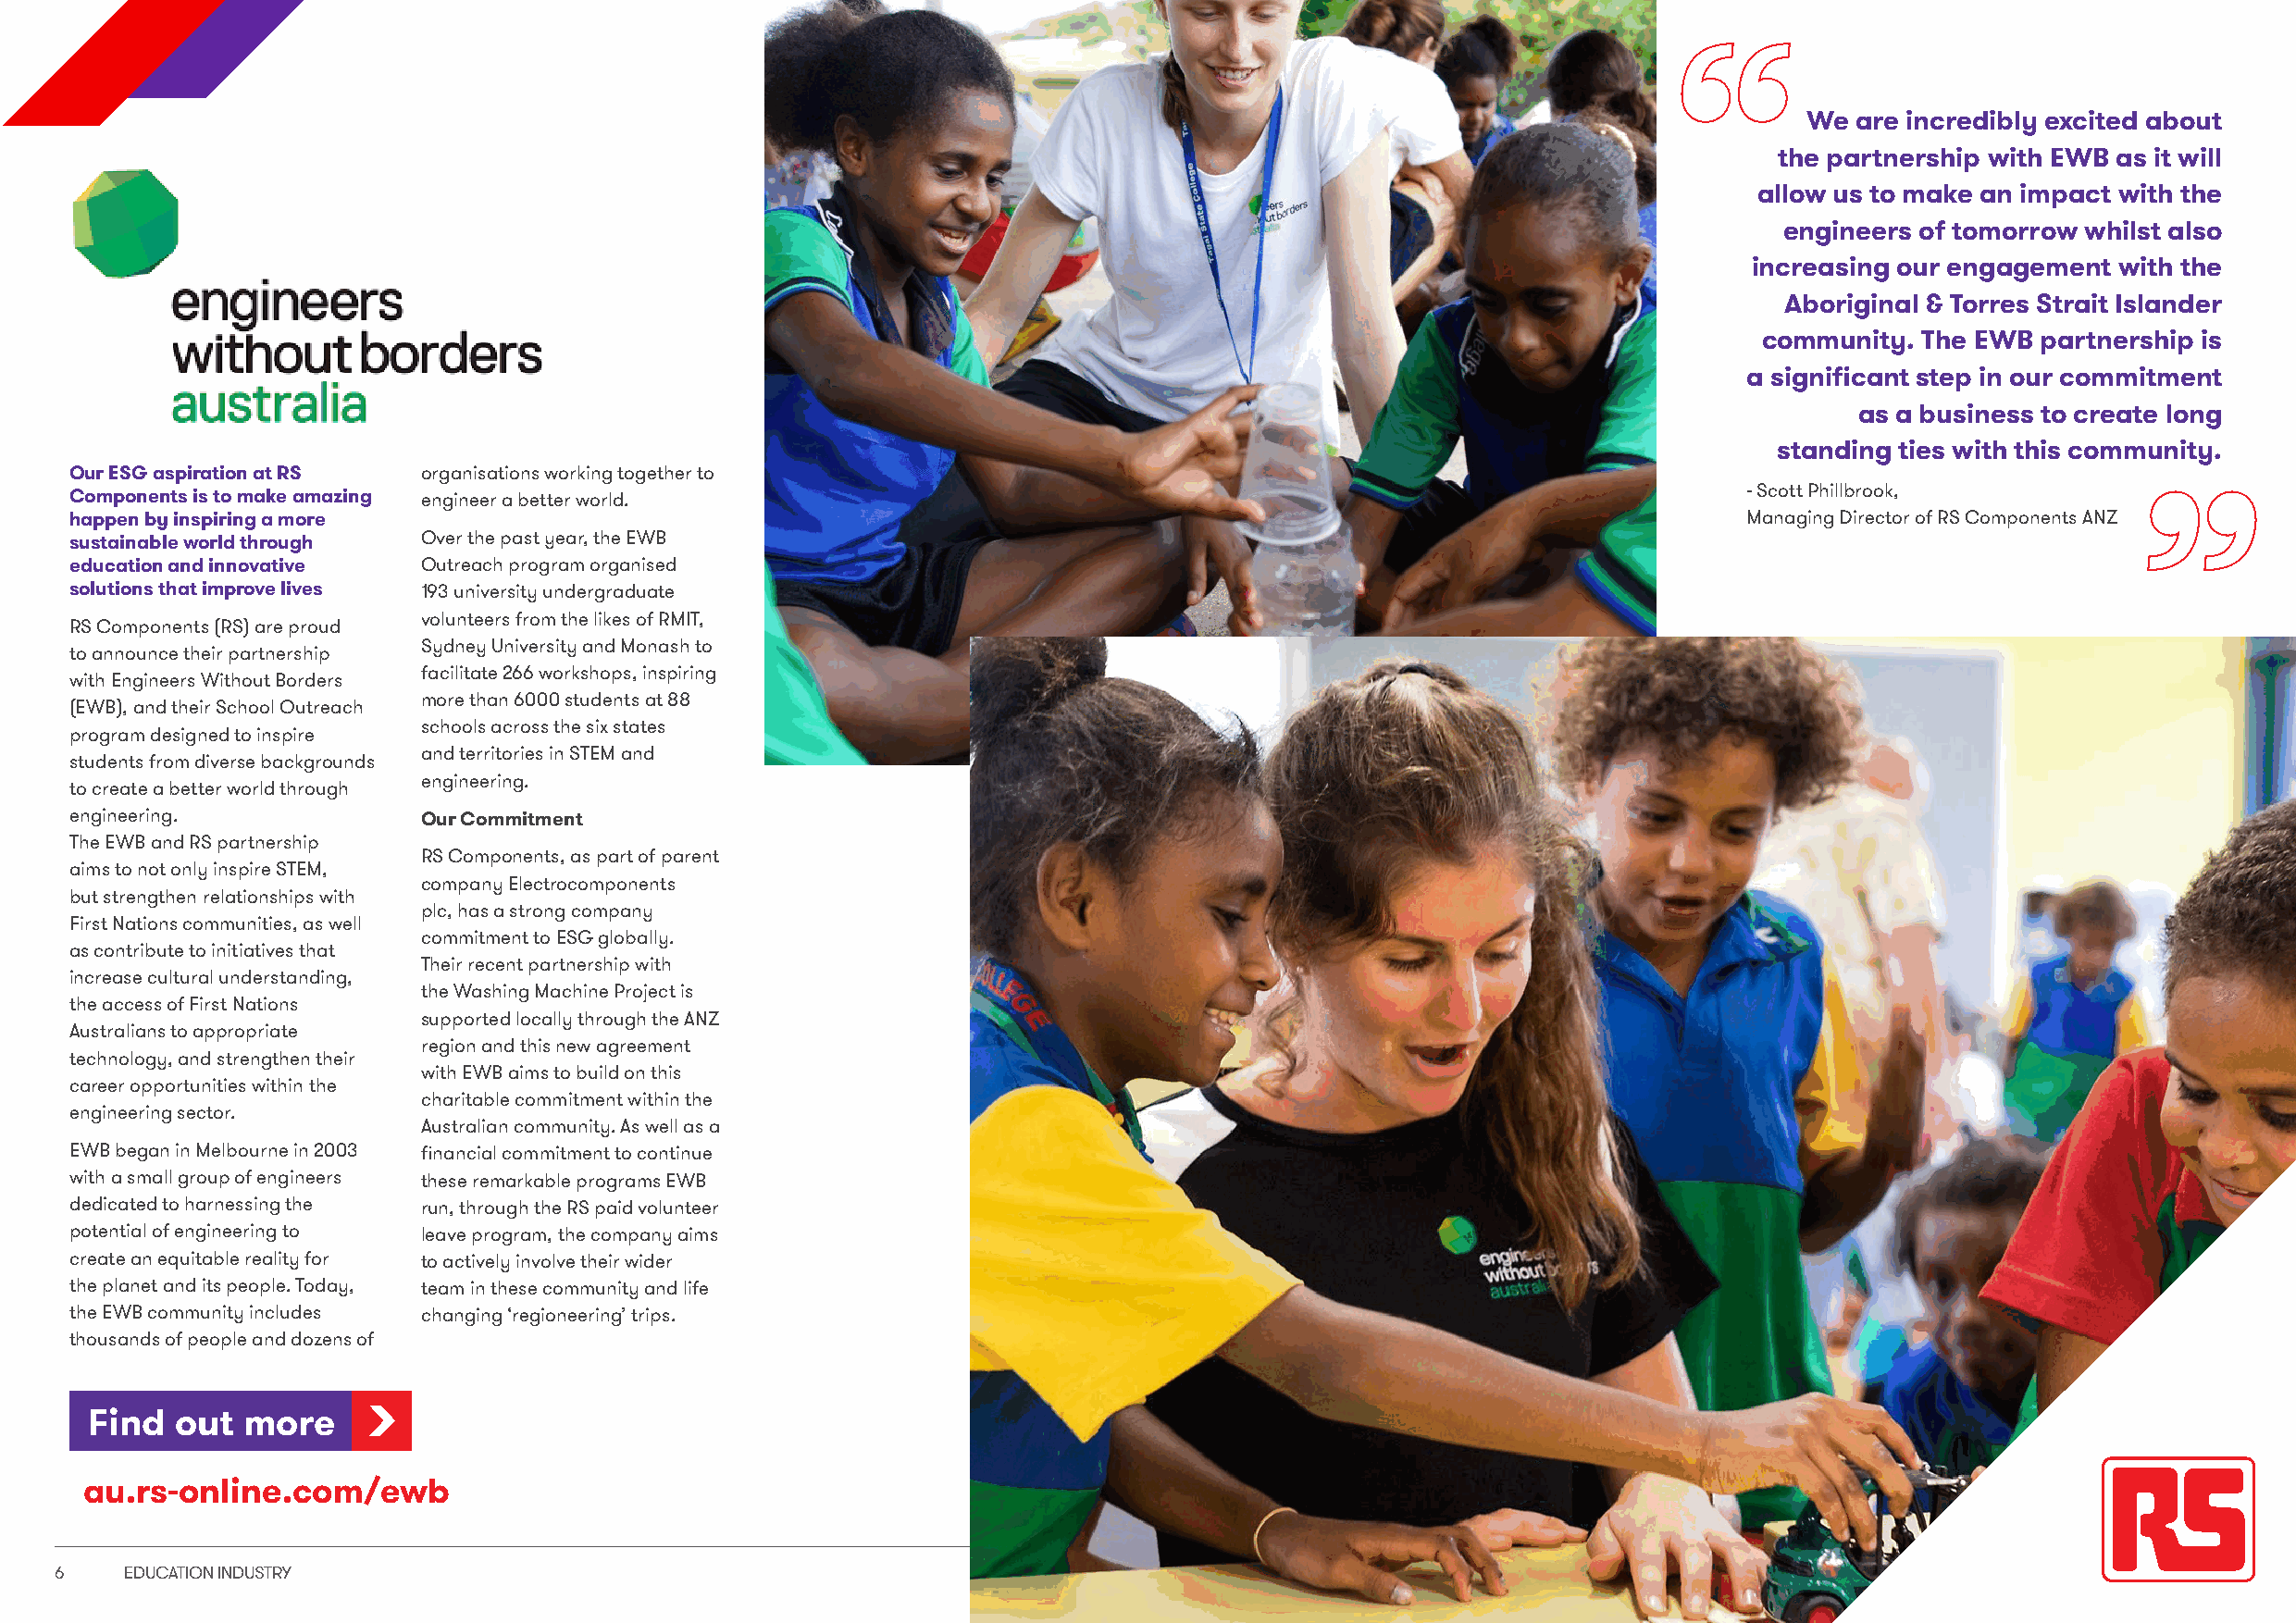
We  are incredibly excited about
 the partnership with EWB as it will
 allow us to make an impact with the
 engineers of tomorrow whilst also
 increasing our engagement with the
 Aboriginal & Torres Strait Islander
 community. The EWB  partnership is
 a significant step in our commitment
 as a business to create long
 standing ties with this community.
 Our ESG aspiration at RS organisations working together to
 Components is to make amazing engineer a better world.                                                                  - Scott Phillbrook,
 happen by inspiring a more                                                                                              Managing Director of RS Components ANZ
 sustainable world through Over the past year, the EWB
 education and innovative Outreach program organised
 solutions that improve lives 193 university undergraduate
 volunteers from the likes of RMIT,
 RS Components (RS) are proud
 Sydney University and Monash to
 to announce their partnership
 facilitate 266 workshops, inspiring
 with Engineers Without Borders
 more than 6000 students at 88
 (EWB), and their School Outreach
 schools across the six states
 program designed to inspire
 and territories in STEM and
 students from diverse backgrounds
 engineering.
 to create a better world through
 engineering.             Our Commitment
 The EWB and RS partnership
 RS Components, as part of parent
 aims to not only inspire STEM,
 company Electrocomponents
 but strengthen relationships with
 plc, has a strong company
 First Nations communities, as well
 commitment to ESG globally.
 as contribute to initiatives that
 Their recent partnership with
 increase cultural understanding,
 the Washing Machine Project is
 the access of First Nations
 supported locally through the ANZ
 Australians to appropriate
 region and this new agreement
 technology, and strengthen their
 with EWB aims to build on this
 career opportunities within the
 charitable commitment within the
 engineering sector.
 Australian community. As well as a
 EWB began in Melbourne in 2003 financial commitment to continue
 with a small group of engineers these remarkable programs EWB
 dedicated to harnessing the run, through the RS paid volunteer
 potential of engineering to leave program, the company aims
 create an equitable reality for to actively involve their wider
 the planet and its people. Today, team in these community and life
 the EWB community includes changing ‘regioneering’ trips.
 thousands of people and dozens of
 Find  out  more
 au.rs-online.com/ewb
 6    EDUCATION INDUSTRY